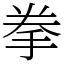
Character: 拳